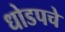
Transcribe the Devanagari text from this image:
धोडपचे